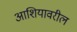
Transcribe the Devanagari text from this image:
आशियावरील